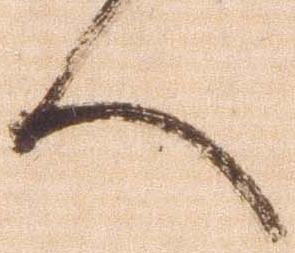
人